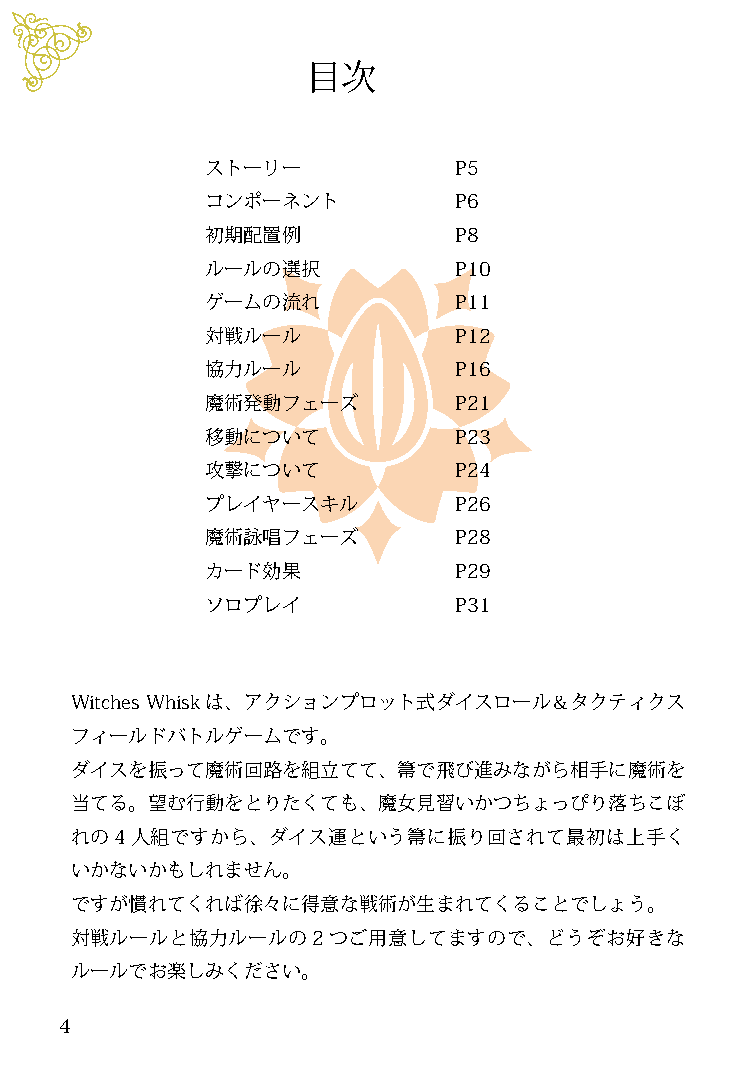
目次
 ストーリー           P5
 コンポーネント         P6
 初期配置例           P8
 ルールの選択          P10
 ゲームの流れ          P11
 対戦ルール           P12
 協力ルール           P16
 魔術発動フェーズ        P21
 移動について          P23
 攻撃について          P24
 プレイヤースキル        P26
 魔術詠唱フェーズ        P28
 カード効果           P29
 ソロプレイ           P31
 Witches Whiskは、アクションプロット式ダイスロール＆タクティクス
 フィールドバトルゲームです。
 ダイスを振って魔術回路を組立てて、箒で飛び進みながら相手に魔術を
 当てる。望む行動をとりたくても、魔女見習いかつちょっぴり落ちこぼ
 れの4人組ですから、ダイス運という箒に振り回されて最初は上手く
 いかないかもしれません。
 ですが慣れてくれば徐々に得意な戦術が生まれてくることでしょう。
 対戦ルールと協力ルールの2つご用意してますので、どうぞお好きな
 ルールでお楽しみください。
 4